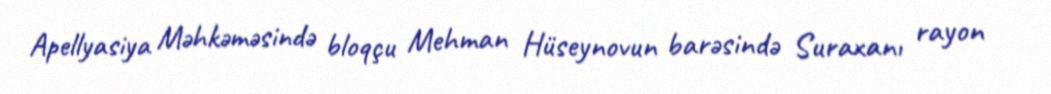
Apellyasiya Məhkəməsində bloqçu Mehman Hüseynovun barəsində Suraxanı rayon